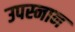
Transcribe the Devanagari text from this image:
उपस्नान